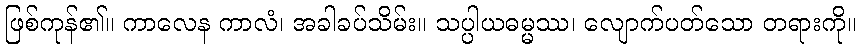
ဖြစ်ကုန်၏။ ကာလေန ကာလံ၊ အခါခပ်သိမ်း။ သပ္ပါယဓမ္မဿ၊ လျောက်ပတ်သော တရားကို။